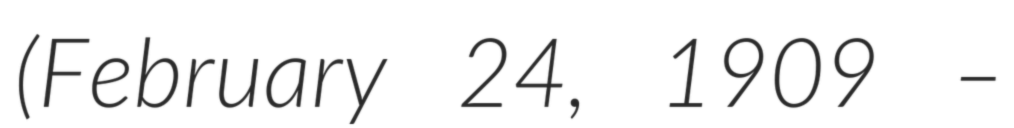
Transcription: (February 24, 1909 –